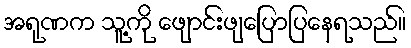
အရုဏက သူ့ကို ဖျောင်းဖျပြောပြနေရသည်။